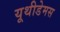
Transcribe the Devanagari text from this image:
यूथीडेमस